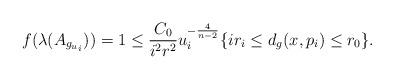
LaTeX: \begin{align*}f(\lambda(A_{g_{u_i}})) = 1 \leq \frac{C_0}{i^{2} r^{2}} u_i^{-\frac{4}{n-2}} \{i r_i \leq d_g(x,p_i) \leq r_0\}.\end{align*}